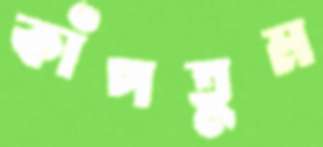
কাঁপতুম